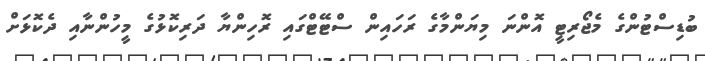
ބުޑިސްޓުންގެ މެޖޯރިޓީ އޮންނަ މިޔަންމާގެ ރަހައިން ސްޓޭޓްގައި ރޮހިންޔާ ދަރިކޮޅުގެ މީހުންނާއި ދެކޮޅަށް